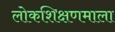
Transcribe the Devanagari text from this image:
लोकशिक्षणमाला